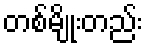
တစ်မျိုးတည်း